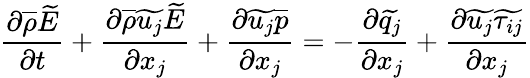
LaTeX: \frac{\partial\overline{{\rho}}\widetilde{E}}{\partial t}+\frac{\partial\overline{{\rho}}\widetilde{u_{j}}\widetilde{E}}{\partial x_{j}}+\frac{\partial\widetilde{u_{j}}\overline{{p}}}{\partial x_{j}}=-\frac{\partial\widetilde{q_{j}}}{\partial x_{j}}+\frac{\partial\widetilde{u_{j}}\widetilde{\tau_{ij}}}{\partial x_{j}}